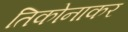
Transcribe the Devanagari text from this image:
तिकोनाकर